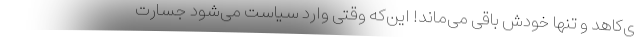
ی‌کاهد و تنها خودش باقی می‌ماند! این‌که وقتی وارد سیاست می‌شود جسارت